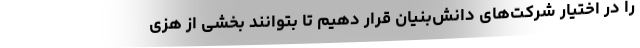
را در اختیار شرکت‌های دانش‌بنیان قرار دهیم تا بتوانند بخشی از هزی